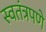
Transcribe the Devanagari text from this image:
स्‍वतंत्रपणे